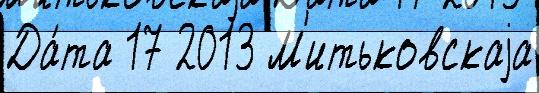
Да́та 17 2013 М'итьковскаjа